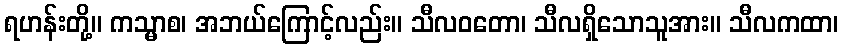
ရဟန်းတို့။ ကသ္မာစ၊ အဘယ်ကြောင့်လည်း။ သီလဝတော၊ သီလရှိသောသူအား။ သီလကထာ၊